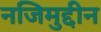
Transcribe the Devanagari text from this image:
नजिमुद्दीन